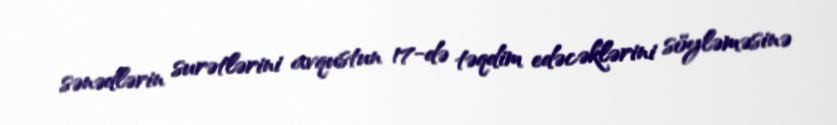
sənədlərin surətlərini avqustun 17-də təqdim edəcəklərini söyləməsinə